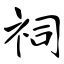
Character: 祠